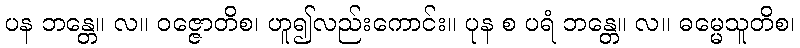
ပန ဘန္တေ။ လ။ ဝဇ္ဇောတိစ၊ ဟူ၍လည်းကောင်း။ ပုန စ ပရံ ဘန္တေ။ လ။ ဓမ္မေသူတိစ၊